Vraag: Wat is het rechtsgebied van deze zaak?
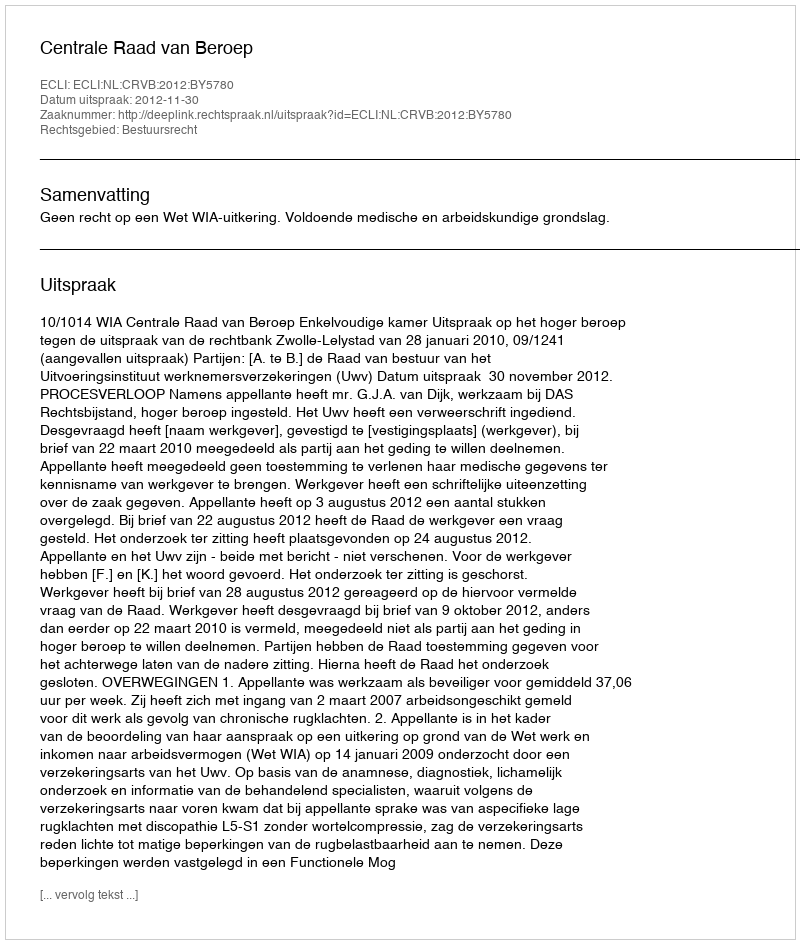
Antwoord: Bestuursrecht